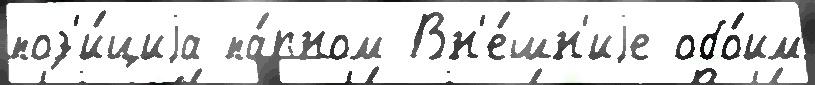
поз'и́циjа па́рном Вн'е́шн'иjе обо́им